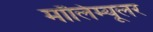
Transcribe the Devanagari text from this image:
मॉलिम्यूलर